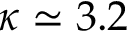
\kappa \simeq 3 . 2